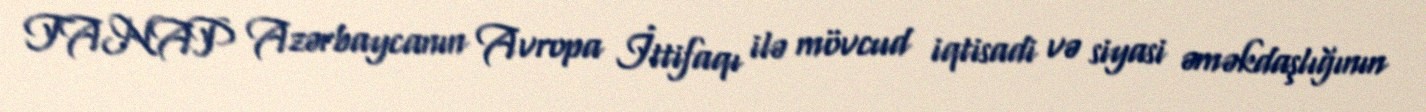
TANAP Azərbaycanın Avropa İttifaqı ilə mövcud iqtisadi və siyasi əməkdaşlığının